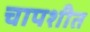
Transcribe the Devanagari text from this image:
चापशीत